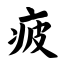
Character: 疲